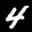
Label: 4